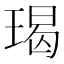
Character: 𭹨